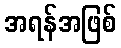
အရန်အဖြစ်